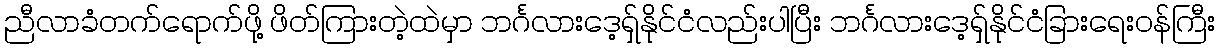
ညီလာခံတက်ရောက်ဖို့ ဖိတ်ကြားတဲ့ထဲမှာ ဘင်္ဂလားဒေ့ရှ်နိုင်ငံလည်းပါပြီး ဘင်္ဂလားဒေ့ရှ်နိုင်ငံခြားရေးဝန်ကြီး